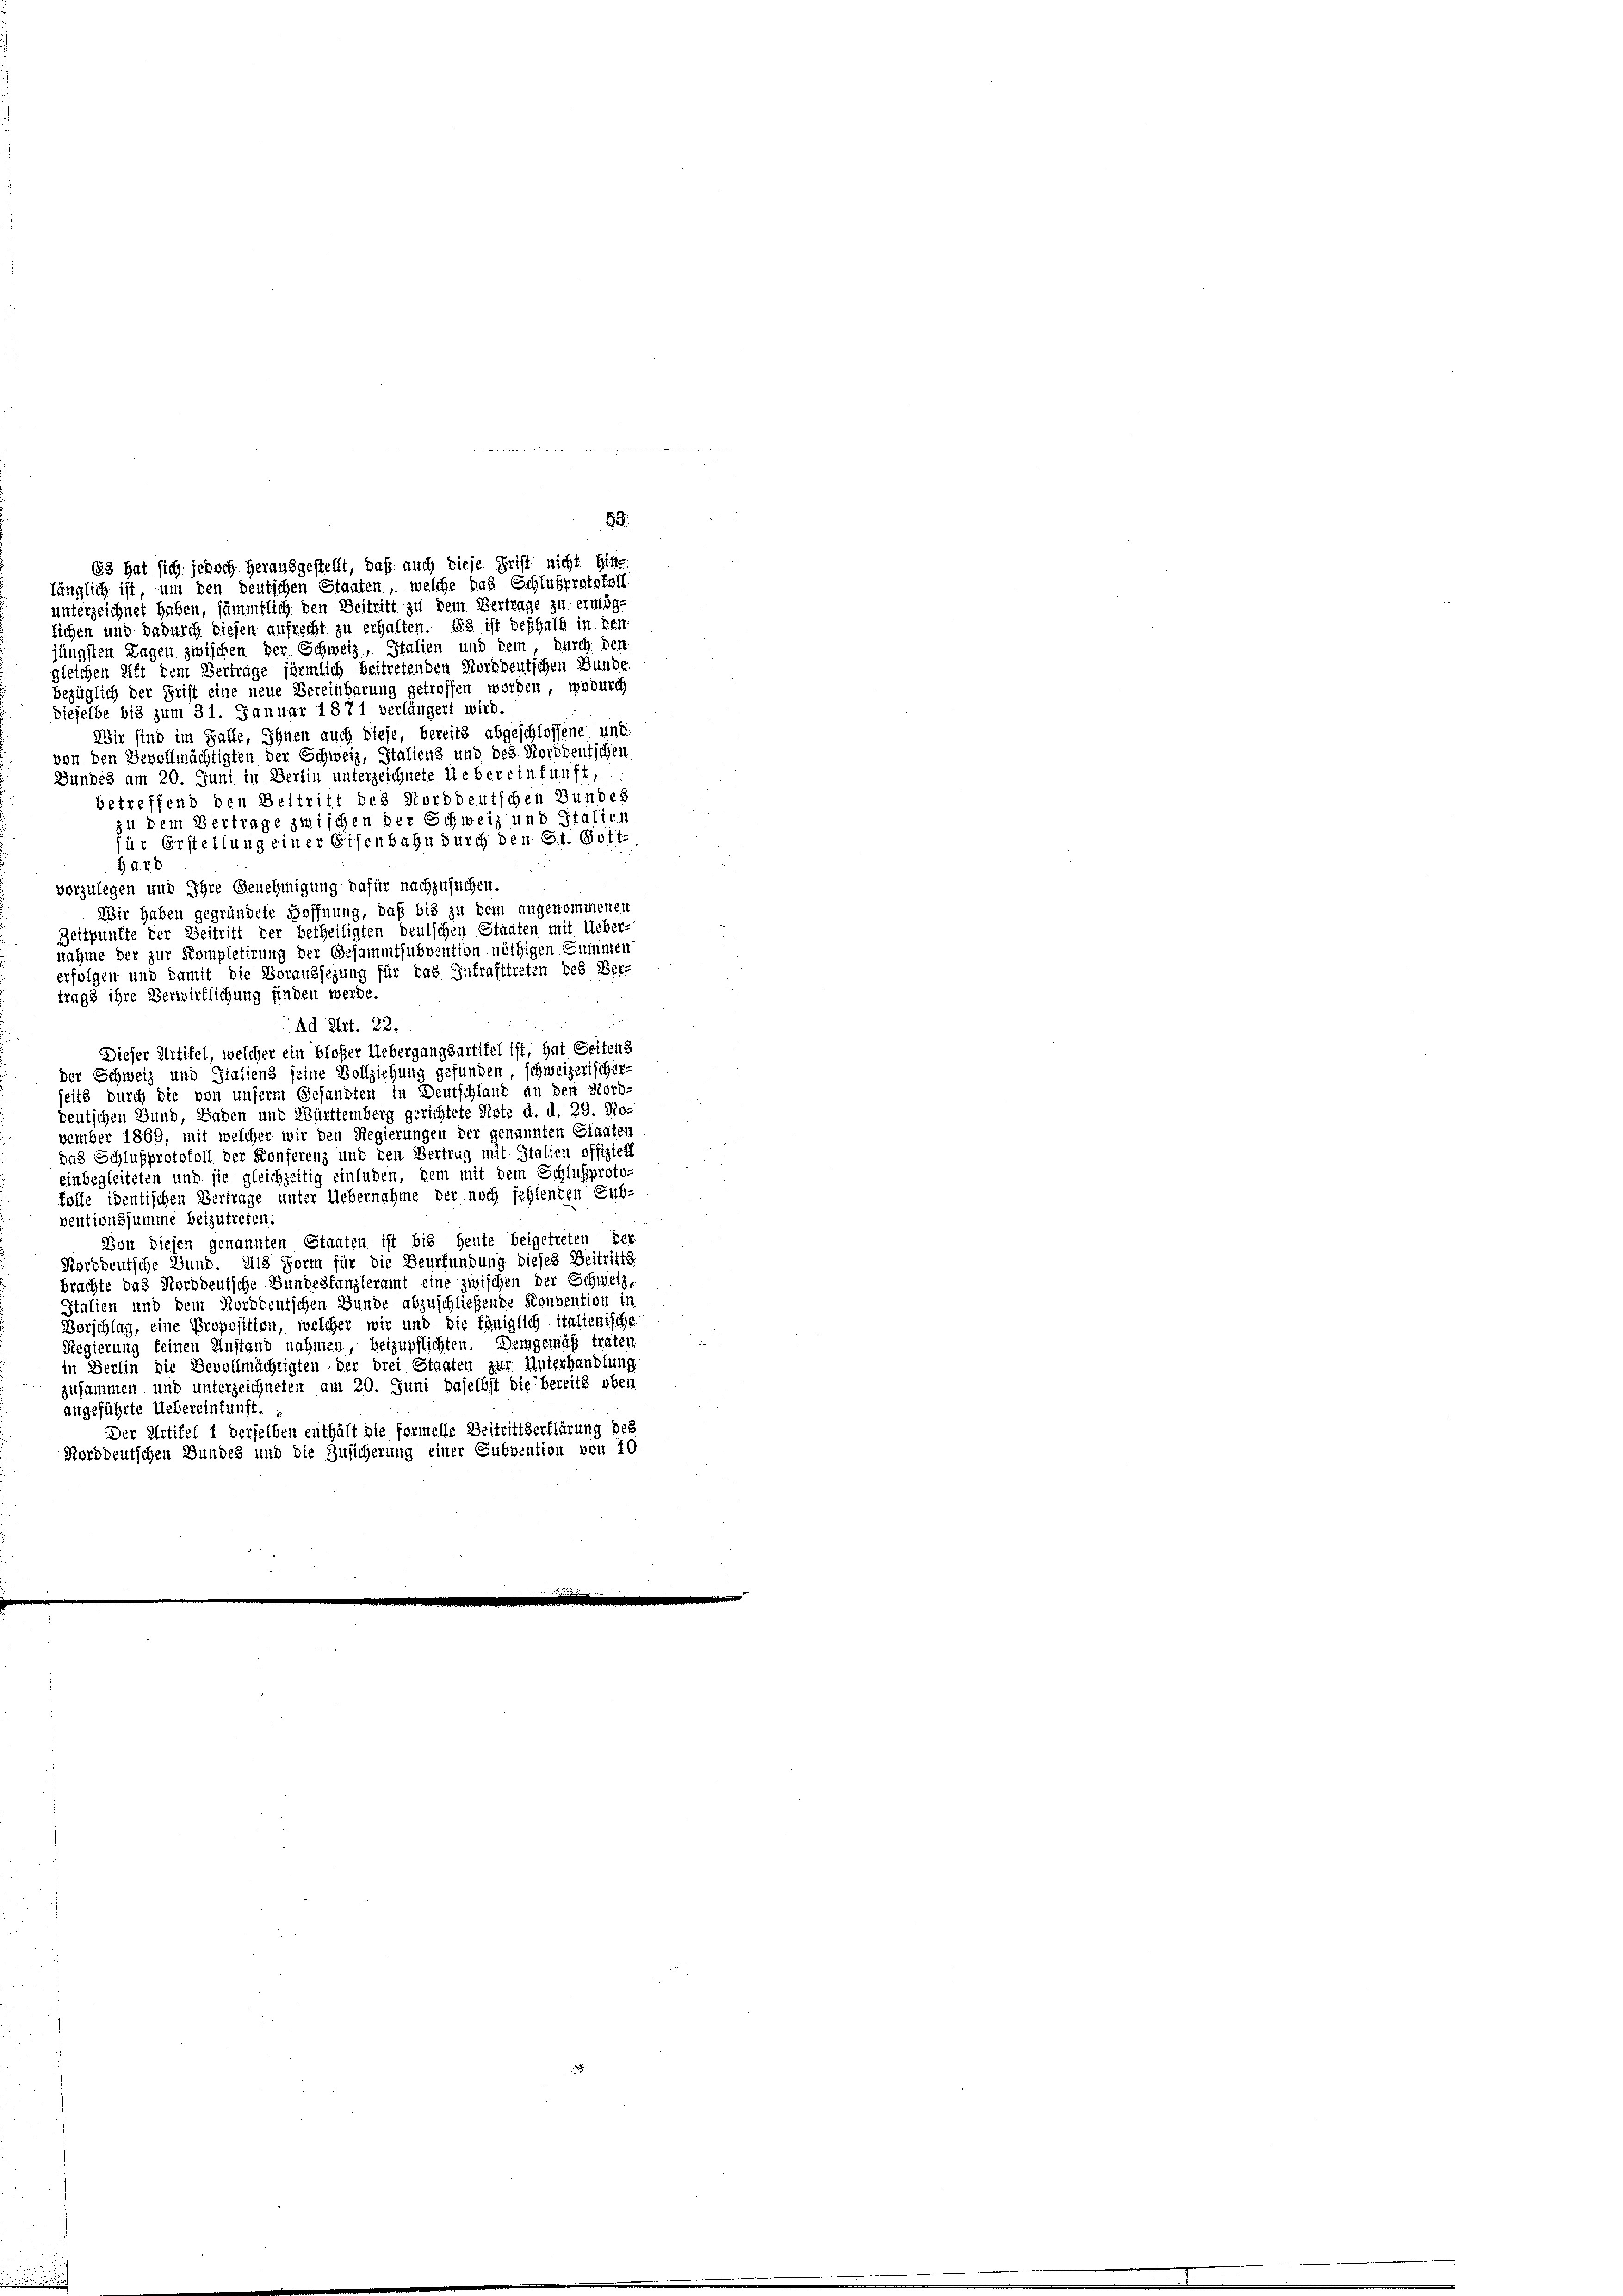
unterzeichnet haben, sämmtlich den Beitritt zu dem Vertrage zu ermög
lichen und dadurch diesen aufrecht zu erhalten. Es ist deshalb in den
jüngsten Lagen zwischen der Schweiz, Italien und dem durch herr
gleichen Alft dem Vertrage förmlich beitretenden Norddeutschen Bunde.
bezüglich der Frist eine neue Vereinbarung getroffen worden, wodurch
dieselbe bis zum 31. Januar 1871 verlängert wird.
Wir sind im Falle, Ihnen auch diese, bereits abgeschlossene und
von den Bevollmächtigten der Schweiz, Italiens und des Norddeutschen
Bundes am 20. Juni in Berlin unterzeichnete Uebereinkunft,
betreffend den Beitritt des Norddeutschen Bundes
zu dem Vertrage zwischen der Schweiz und Italien
für Erstellung einer Eisenbahn durch den St. Gott-
H A. R. B
vorzulegen und Ihre Genehmigung dafür nachzusuchen.
Wir haben gegründete Hoffnung, daß bis zu dem angenommenen
Zeitpunkte der Beitritt der betheiligten deutschen Staaten mit Ueber
nahme der zur Kompletirung der Gesammtsubvention nöthigen Summen
erfolgen und damit die Voranzsezung für das Inkrafttreten des Ver-
trags ihre Verwirflichung finden werde.
Ad Art. 22.
Dieser Artifel, welcher ein bloßer Uebergangsartitel ist, hat Seitens
der Schweiz und Italiens seine Vollziehung gefunden, schweizerischer-
seits durch die von unserm Gesandten in Deutschland an den Mord-
deutschen Bund, Baden und Württemberg gerichtete Note d. d. 29. No-
vember 1869, mit welcher wir den Regierungen der genannten Staaten
das Schlußprotokoll der Konferenz und den Vertrag mit Italien offizielt
einbegleiteten und sie gleichzeitig einluden, dem mit dem Schlußproto-
tolle identischen Vertrage unter Uebernahme her noch fehlenden Sub-
ventionssumme beizutreten
Bon diesen genannten Staaten ist bis heute beigetreten der
Norddeutsche Bund. Als Form für die Beurfundung dieses Beitritte
brachte das Norddeutsche Bundestanzleramt eine zwischen der Schweiz,
Italien und dem Norddeutschen Bunde abzuschließende Konvention in
Vorschlag, eine Proposition, welcher wir und die königlich italienische
Regierung keinen Anstand nahmen, beizupflichten. Demgemäß traten
in Berlin die Bevollmächtigten der drei Staaten zur Unterhandlung
zusammen und unterzeichneten am 20. Juni daselbst die bereits oben
angeführte Uebereinfunft.
Der Artikel 1 derselben enthält die formelle Beitrittserklärung des
Norddeutschen Bundes und die Zusicherung einer Subvention von 10

92.
63 hat sich jedoch herausgestellt, daß auch diese Frist nicht Hinte
länglich ist, um den deutschen Staaten, welche das Schlußprotokoll